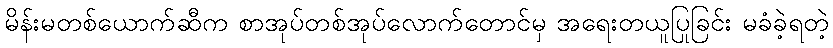
မိန်းမတစ်ယောက်ဆီက စာအုပ်တစ်အုပ်လောက်တောင်မှ အရေးတယူပြုခြင်း မခံခဲ့ရတဲ့